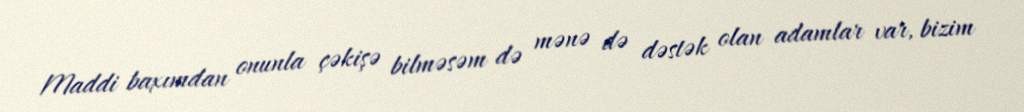
Maddi baxımdan onunla çəkişə bilməsəm də mənə də dəstək olan adamlar var, bizim